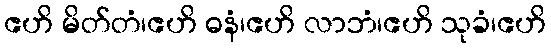
ဧဟိ မိတ်တံ၊ဧဟိ ဓနံ၊ဧဟိ လာဘံ၊ဧဟိ သုခံ၊ဧဟိ